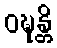
ဝဍ္ဎန္တိ